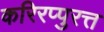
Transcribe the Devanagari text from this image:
करिरप्पुरत्त